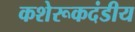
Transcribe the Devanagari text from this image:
कशेरूकदंडीय